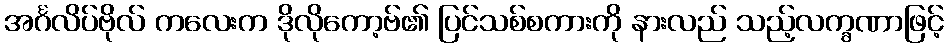
အင်္ဂလိပ်ဗိုလ် ကလေးက ဒိုလိုကော့ဗ်၏ ပြင်သစ်စကားကို နားလည် သည့်လက္ခဏာဖြင့်